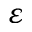
\varepsilon